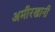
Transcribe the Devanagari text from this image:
अमीरखानी